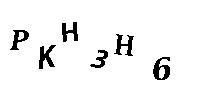
PKH3H6